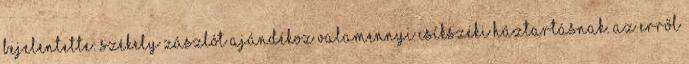
bejelentette: székely zászlót ajándékoz valamennyi csíkszéki háztartásnak. Az erről